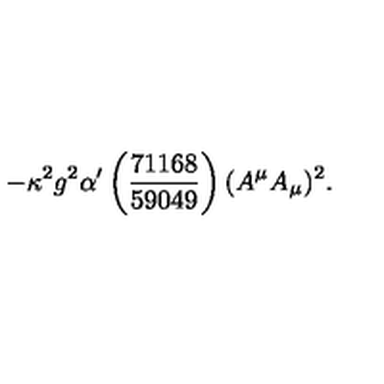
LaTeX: - \kappa ^ { 2 } g ^ { 2 } \alpha ^ { \prime } \left( \frac { 7 1 1 6 8 } { 5 9 0 4 9 } \right) ( A ^ { \mu } A _ { \mu } ) ^ { 2 } .